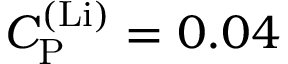
C _ { \mathrm { P } } ^ { \mathrm { ( L i ) } } = 0 . 0 4